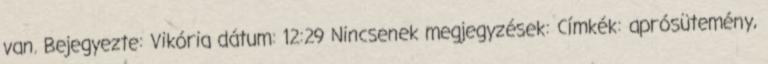
van. Bejegyezte: Vikória dátum: 12:29 Nincsenek megjegyzések: Címkék: aprósütemény,